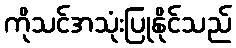
ကိုသင်အသုံးပြုနိုင်သည်